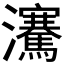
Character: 𪸋